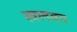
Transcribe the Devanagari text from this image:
खलबत